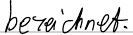
bezeichnet.